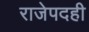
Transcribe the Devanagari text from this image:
राजेपदही